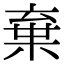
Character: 棄